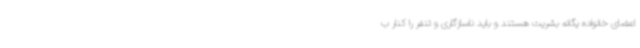
اعضای خانواده یگانه بشریت هستند و باید ناسازگاری و تنفر را کنار ب